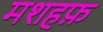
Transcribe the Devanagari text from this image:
मशहफ़